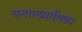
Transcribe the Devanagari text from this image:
तन्त्राख्यायिका